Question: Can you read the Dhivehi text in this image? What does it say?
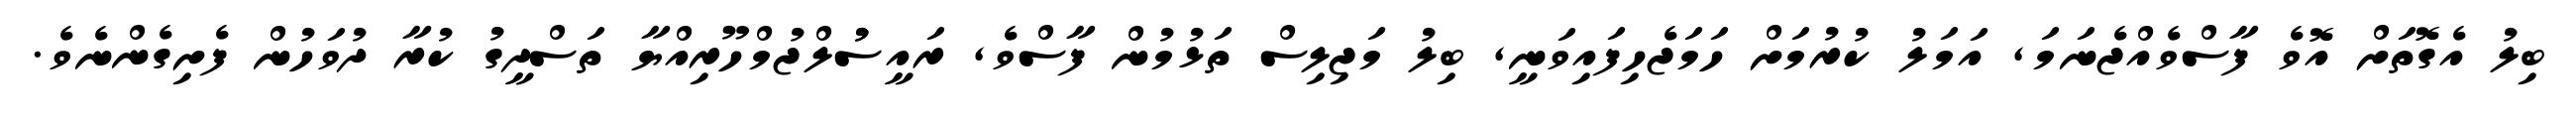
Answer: ބިލު އެގޮތަށް އޮވެ ފާސްވެއްޖެނަމަ, އަމަލު ކުރުމަށް ހަމަޖެހިފައިވަނީ, ބިލު މަޖިލިސް ތަޅުމުން ފާސްވެ, ރައީސުުލްޖުމްހޫރިއްޔާ ތަސްދީގު ކުރާ ދުވަހުން ފެށިގެންނެވެ.